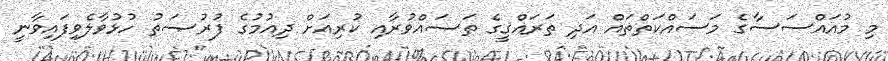
މި މުއައްސަސާގެ މަސައްކަތްތައް އަދި ތަރައްޤީގެ ތަޞައްވުރާއި ކުރިއަށް ދިއުމުގެ ފުރުޞަތު ހުޅުވާލެވިފައިވާނީ